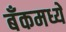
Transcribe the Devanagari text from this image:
बँकमध्ये